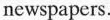
newspapers.